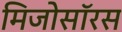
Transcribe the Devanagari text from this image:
मिजोसॉरस